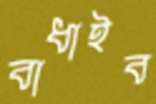
বাধাইব